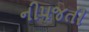
નીપજતી